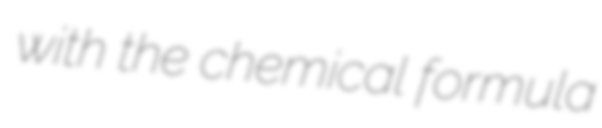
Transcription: with the chemical formula